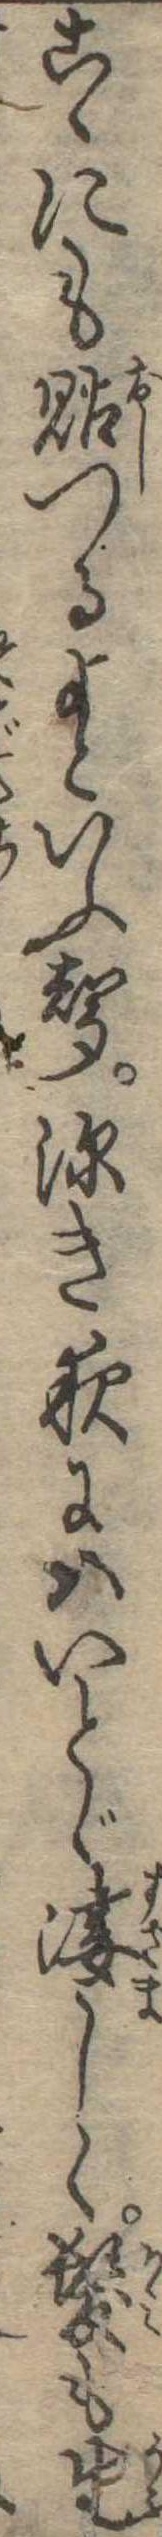
こゝにも貼つるよといふ声深き夜にはいとゞ凄しく髪も生